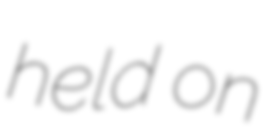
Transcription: held on